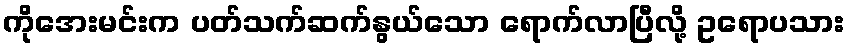
ကိုအေးမင်းက ပတ်သက်ဆက်နွယ်သော ရောက်လာပြီလို့ ဥရောပသား